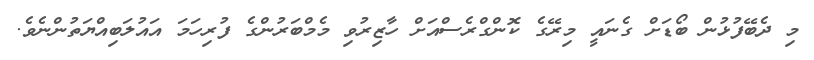
މި ދެބޭފުޅުން ބޯޑަށް ގެނައީ މިރޭގެ ކޮންގްރެސްއަށް ހާޒިރުވި މެމްބަރުންގެ ފުރިހަމަ އައުލަބިއްޔަތުންނެވެ.